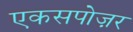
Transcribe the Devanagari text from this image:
एकसपोज़र